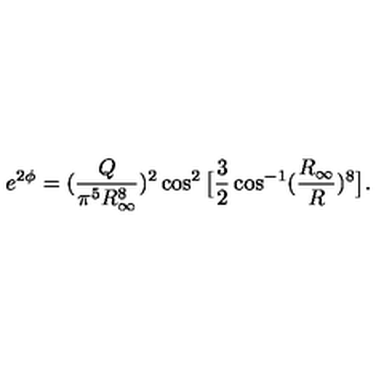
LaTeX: e ^ { 2 \phi } = ( { \frac { Q } { \pi ^ { 5 } R _ { \infty } ^ { 8 } } } ) ^ { 2 } \cos ^ { 2 } \big [ { \frac { 3 } { 2 } } \cos ^ { - 1 } ( { \frac { R _ { \infty } } { R } } ) ^ { 8 } \big ] .